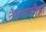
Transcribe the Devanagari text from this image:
टवाळकीचा